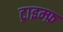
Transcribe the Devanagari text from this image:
ट्राइम्फ़